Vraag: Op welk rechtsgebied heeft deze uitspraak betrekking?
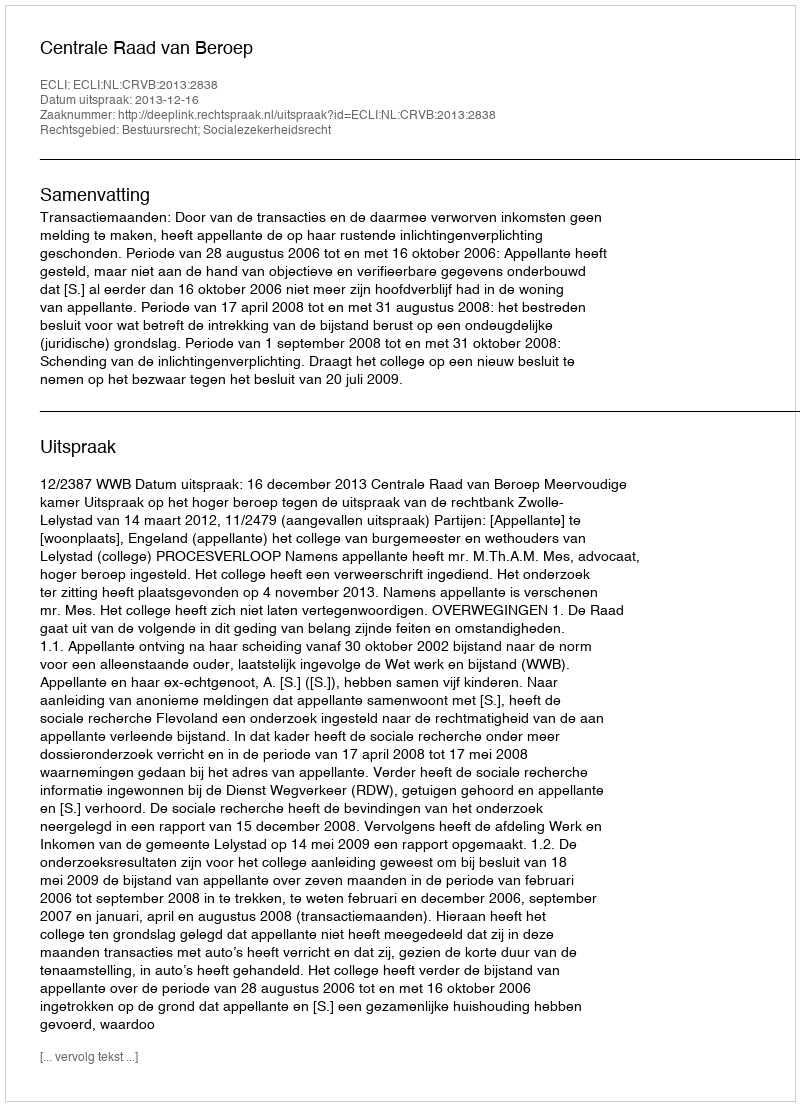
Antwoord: Bestuursrecht; Socialezekerheidsrecht